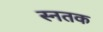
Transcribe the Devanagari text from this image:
स्नतक